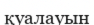
қуалауын